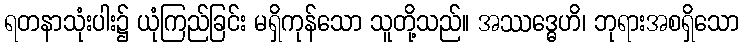
ရတနာသုံးပါး၌ ယုံကြည်ခြင်း မရှိကုန်သော သူတို့သည်။ အဿဒ္ဓေဟိ၊ ဘုရားအစရှိသော